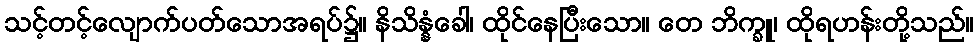
သင့်တင့်လျောက်ပတ်သောအရပ်၌။ နိသိန္နံခေါ၊ ထိုင်နေပြီးသော။ တေ ဘိက္ခူ၊ ထိုရဟန်းတို့သည်။